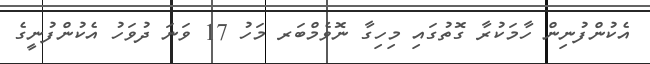
އެކުންފުނިން ހާމަކުރާ ގޮތުގައި މިހިގާ ނޮވެމްބަރ މަހު 17 ވަނަ ދުވަހު އެކުންފުނީގެ